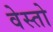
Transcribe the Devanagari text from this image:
वेस्तो